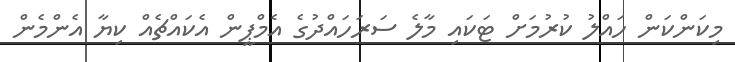
މިކަންކަން ހައްލު ކުރުމަށް ޓަކައި މާލެ ސަރަހައްދުގެ އެމްޕީން އެކައްޗެއް ކިޔާ އެންމެން